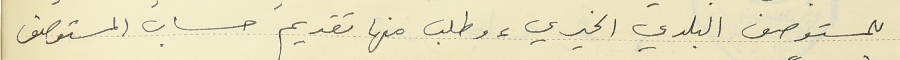
للمستوصف البلدي الخيري، وطلب منها تقديم حساب المستوصف